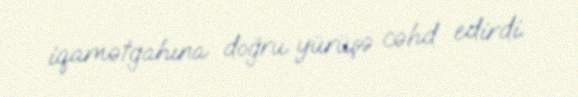
iqamətgahına doğru yürüşə cəhd edirdi.